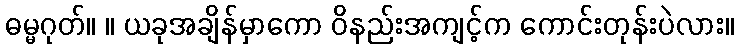
ဓမ္မဂုတ်။ ။ ယခုအချိန်မှာကော ဝိနည်းအကျင့်က ကောင်းတုန်းပဲလား။